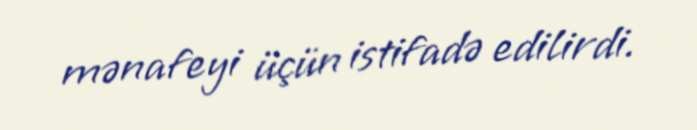
mənafeyi üçün istifadə edilirdi.